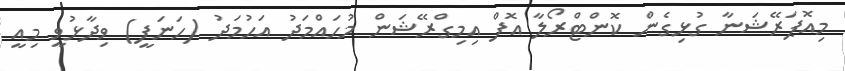
މިއޮޕަރޭޝަނާ ގުޅިގެން ކޮންޓްރޯލާ އޮފް އިމިގްރޭޝަން މުހައްމަދު އަހުމަދު (ހަނަފީ) ވިދާޅުވީ މިއީ